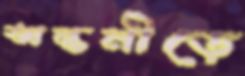
অন্তনীড়ে